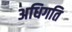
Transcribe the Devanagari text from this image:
अधिगति